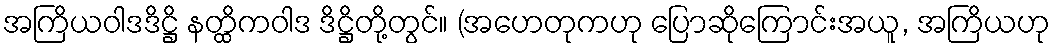
အကြိယဝါဒဒိဋ္ဌိ နတ္ထိကဝါဒ ဒိဋ္ဌိတို့တွင်။ (အဟေတုကဟု ပြောဆိုကြောင်းအယူ, အကြိယဟု